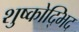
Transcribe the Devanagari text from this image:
शुष्कोद्भिद